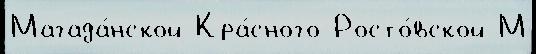
Магада́нской Кра́сного Росто́вской М